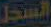
السجل